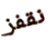
نقفز